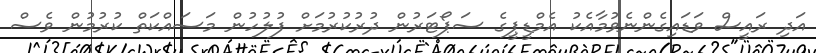
އަދި ރައީސް ވަޑައިގެންނެވުމާއެކު އެމްޑީޕީގެ ސަޕޯޓަރުން ދުރުކުރުމަށް ފުލުހުން މަސައްކަތް ކުރުމުން ވެސް